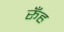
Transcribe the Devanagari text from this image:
रूँह